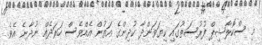
މި ސްކޮލާޝިޕް ފުރުސަތުގައި ކިޔަވަންދާ ކުދިންގެ އަތުން އެއްވެސް ހަރަދެއް ނުދާނެ އެވެ.